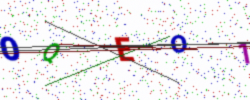
Text: OQEO1